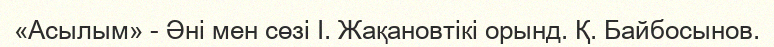
«Асылым» - Әні мен сөзі І. Жақановтікі орынд. Қ. Байбосынов.